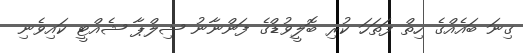
ގިނަ ބައެއްގެ ހިތް ފަތަހަ ކުރި ބޮލީވުޑްގެ ފަންނާނު ޝިލްޕާ ޝެއްޓީ ކައިވެނި